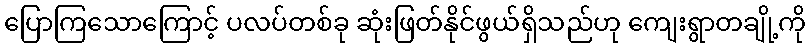
ပြောကြသောကြောင့် ပလပ်တစ်ခု ဆုံးဖြတ်နိုင်ဖွယ်ရှိသည်ဟု ကျေးရွာတချို့ကို